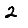
Digit: 2